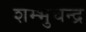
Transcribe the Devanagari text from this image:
शम्भुचन्द्र